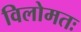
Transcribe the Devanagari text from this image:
विलोमतः